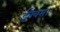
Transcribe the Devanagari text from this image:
ईक्वस।